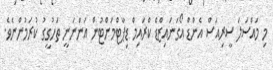
މި މައްސަލަ ސީރިއަސް އެންޑް އޯގަނައިޒްޑް ކްރައިމް ޑިޕާޓްމަންޓުން އަންނަނީ ތަހުގީގު ކުރަމުންނެވެ.